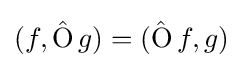
(f,\operatorname {\hat {O}} g)=(\operatorname {\hat {O}} f,g)